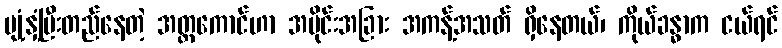
ပျံ့နှံ့ပြီးတည်နေတဲ့ အတ္တကောင်ဟာ အပိုင်းအခြား အကန့်အသတ် ရှိနေတယ်၊ ကိုယ်ခန္ဓာက ငယ်ရင်